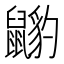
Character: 𪕺